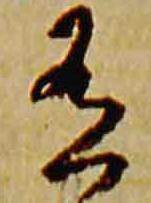
有